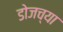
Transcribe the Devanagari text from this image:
डोजच्या